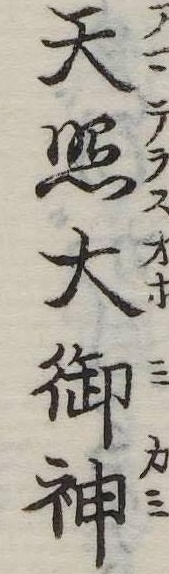
天照大御神